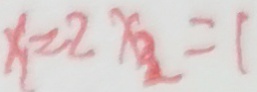
x _ { 1 } = 2 x _ { 2 } = 1